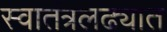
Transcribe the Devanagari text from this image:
स्वातंत्रलढ्यात